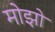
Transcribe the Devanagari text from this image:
मोझो